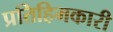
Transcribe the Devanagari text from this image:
प्रतिहिमकारी